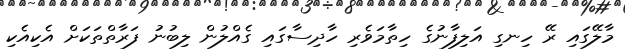
މާލޭގައި ރޭ ހިނގި އަލިފާނުގެ ހިތާމަވެރި ހާދިސާގައި ގެއްލުން ލިބުނު ފަރާތްތަކަށް އެކިއެކި